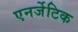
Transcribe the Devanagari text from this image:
एनर्जेटिक